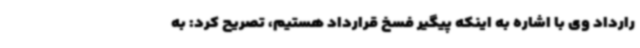
رارداد وی با اشاره به اینکه پیگیر فسخ قرارداد هستیم، تصریح کرد: به